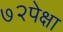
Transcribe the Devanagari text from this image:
७२पेक्षा